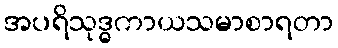
အပရိသုဒ္ဓကာယသမာစာရတာ